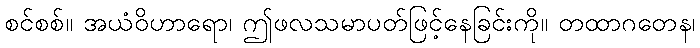
စင်စစ်။ အယံဝိဟာရော၊ ဤဖလသမာပတ်ဖြင့်နေခြင်းကို။ တထာဂတေန၊